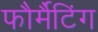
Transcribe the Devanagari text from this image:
फौर्मैटिंग